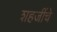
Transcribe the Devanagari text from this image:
शहजींचे